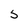
Character: 5